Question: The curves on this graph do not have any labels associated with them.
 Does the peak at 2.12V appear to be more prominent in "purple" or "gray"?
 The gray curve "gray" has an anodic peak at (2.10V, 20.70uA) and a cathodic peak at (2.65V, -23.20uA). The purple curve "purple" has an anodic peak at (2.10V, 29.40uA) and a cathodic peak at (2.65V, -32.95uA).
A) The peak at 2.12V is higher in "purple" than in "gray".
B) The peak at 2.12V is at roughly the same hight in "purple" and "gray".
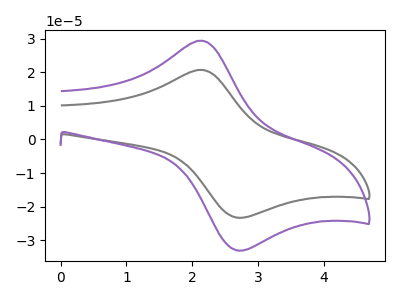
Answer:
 <answer>A) The peak at 2.12V is higher in "purple" than in "gray".</answer>
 <eval>A</eval>